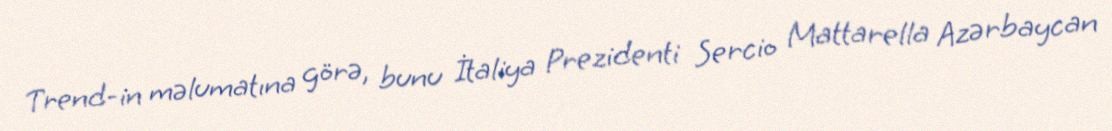
Trend-in məlumatına görə, bunu İtaliya Prezidenti Sercio Mattarella Azərbaycan